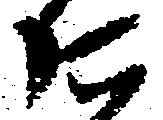
に